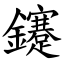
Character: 鑳